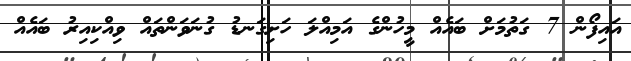
އައިފޯން 7 ގަތުމަށް ބައެއް މީހުންގެ އަމިއްލަ ހަށިގަނޑު ގުނަވަންތައް ވިއްކިއިރު ބައެއް